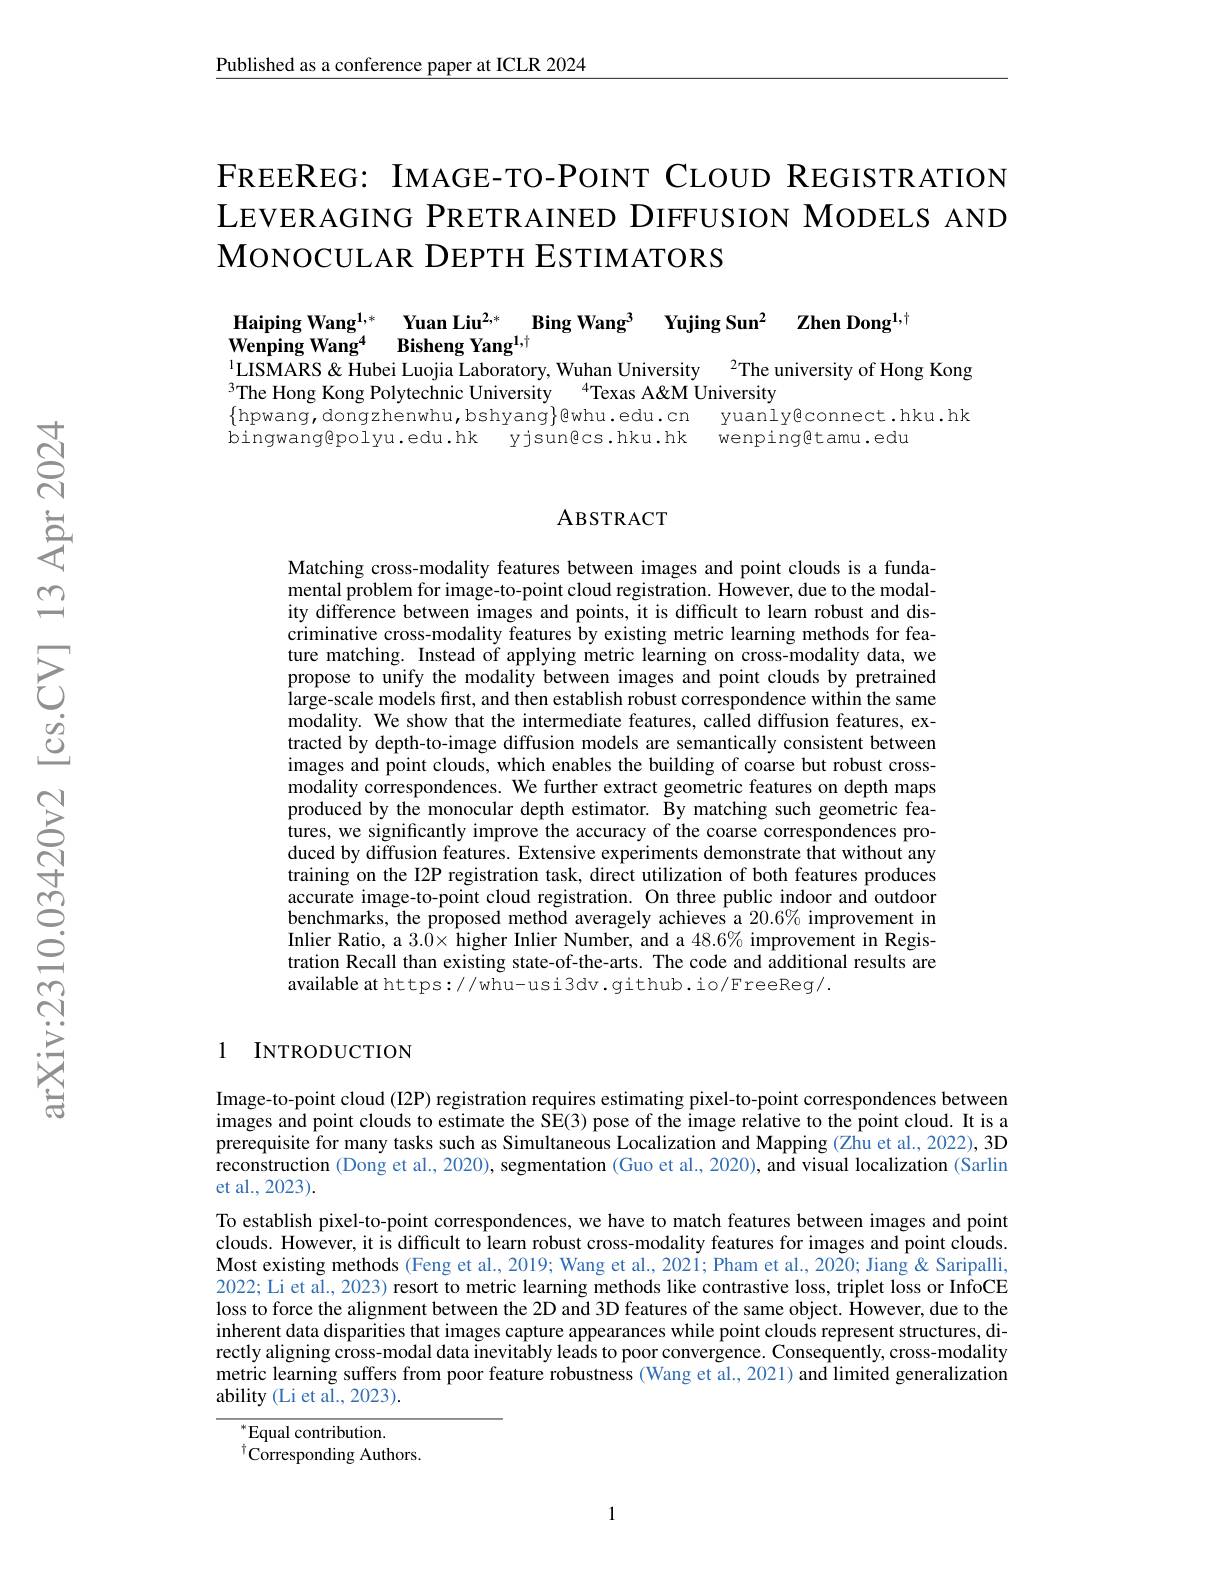
Published as a conference paper at ICLR 2024

FREEREG: IMAGE-TO-POINT CLOUD REGISTRATION LEVERAGING PRETRAINED DIFFUSION MODELS AND MONOCULAR DEPTH ESTIMATORS

Haiping Wang$^{1, * }$ Yuan Liu$^{2, * }$ Bing Wang$^3$ Yujing Sun$^2$ Zhen Dong$^{1,\dagger}$
$\bar{\mathbf{Wenping~Wang}^{4}}$ Bisheng Yang$^1,\dagger$
LISMARS& Hubei Luojia Laboratory, Wuhan University $^{2}$The university of Hong Kong

$^{3}$The Hong Kong Polytechnic University$^{4}$Texas A&M University
yuanlyeconnect.hku.hk
$\{$hpwang, dongzhenwhu, bshyang$\}$@whu.edu.cn bingwangepolyu.edu.hk yjsun@cs.hku.hk
wenpingetamu.edu

### ABSTRACT

Matching cross-modality features between images and point clouds is a fundamental problem for image-to-point cloud registration. However, due to the modality difference between images and points, it is difficult to learn robust and discriminative cross-modality features by existing metric learning methods for feature matching. Instead of applying metric learning on cross-modality data, we propose to unify the modality between images and point clouds by pretrained large-scale models frst, and then establish robust correspondence within the same modality. We show that the intermediate features, called diffusion features, extracted by depth-to-image diffusion models are semantically consistent between images and point clouds, which enables the building of coarse but robust crossmodality correspondences. We further extract geometric features on depth maps produced by the monocular depth estimator. By matching such geometric features, we significantly improve the accuracy of the coarse correspondences produced by diffusion features. Extensive experiments demonstrate that without any training on the I2P registration task, direct utilization of both features produces accurate image-to-point cloud registration. On three public indoor and outdoor benchmarks, the proposed method averagely achieves a $20.6\%$ improvement in Inlier Ratio, a 3.0× higher Inlier Number, and a 48.6% improvement in Registration Recall than existing state-of-the-arts. The code and additional results are available at https://whu-usi3dv.github.io/FreeReg/.

### 1 INTRODUCTION

Image-to-point cloud (I2P) registration requires estimating pixel-to-point correspondences between images and point clouds to estimate the S$\hat{\mathrm{E}}(3)$ pose of the image relative to the point cloud. It is a prerequisite for many tasks such as Simultaneous Localization and Mapping (Zhu et al., 2022), 3D reconstruction (Dong et al., 2020), segmentation (Guo et al., 2020), and visual localization (Sarlin et al., 2023).
To establish pixel-to-point correspondences, we have to match features between images and point clouds. However, it is difficult to learn robust cross-modality features for images and point clouds. Most existing methods (Feng et al., 2019; Wang et al., 2021; Pham et al., 2020; Jiang & Saripalli, 2022; Li et al., 2023) resort to metric learning methods like contrastive loss, triplet loss or InfoCE loss to force the alignment between the 2D and 3D features of the same object. However, due to the inherent data disparities that images capture appearances while point clouds represent structures, directly aligning cross-modal data inevitably leads to poor convergence. Consequently, cross-modality metric learning suffers from poor feature robustness (Wang et al., 2021) and limited generalization ability (Li et al., 2023).

$^*$Equal contribution.
$^{\dagger}$Corresponding Authors.

1